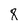
Character: 8